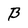
Character: B